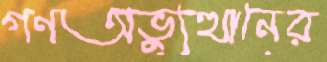
গণঅভ্যুত্থানের